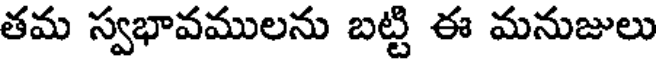
తమ స్వభావములను బట్టి ఈ మనుజులు